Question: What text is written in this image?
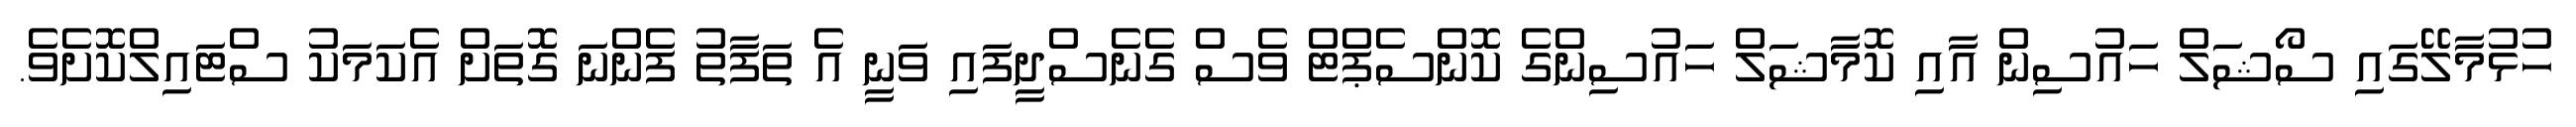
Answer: ހުޅުމާލޭގައި ސޯޝަލް ހައުސިން އާއި ކޮމާޝަލް ހައުސިންގެ ކޮންސެޕްޓް ވެސް ގެނެސްދީފައި ވަނީ އެ ތަފާތު ފެންނަ ގޮތަށް އެކަމަކު ސްޓައިލްކޮށެވެ.